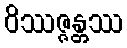
ဝိဿဇ္ဇန္တဿ